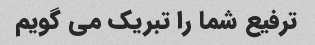
ترفیع شما را تبریک می گویم